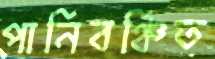
পানিবঞ্চিত